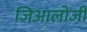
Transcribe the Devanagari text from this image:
जिआलोजी